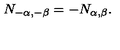
N _ { - \alpha , - \beta } = - N _ { \alpha , \beta } .